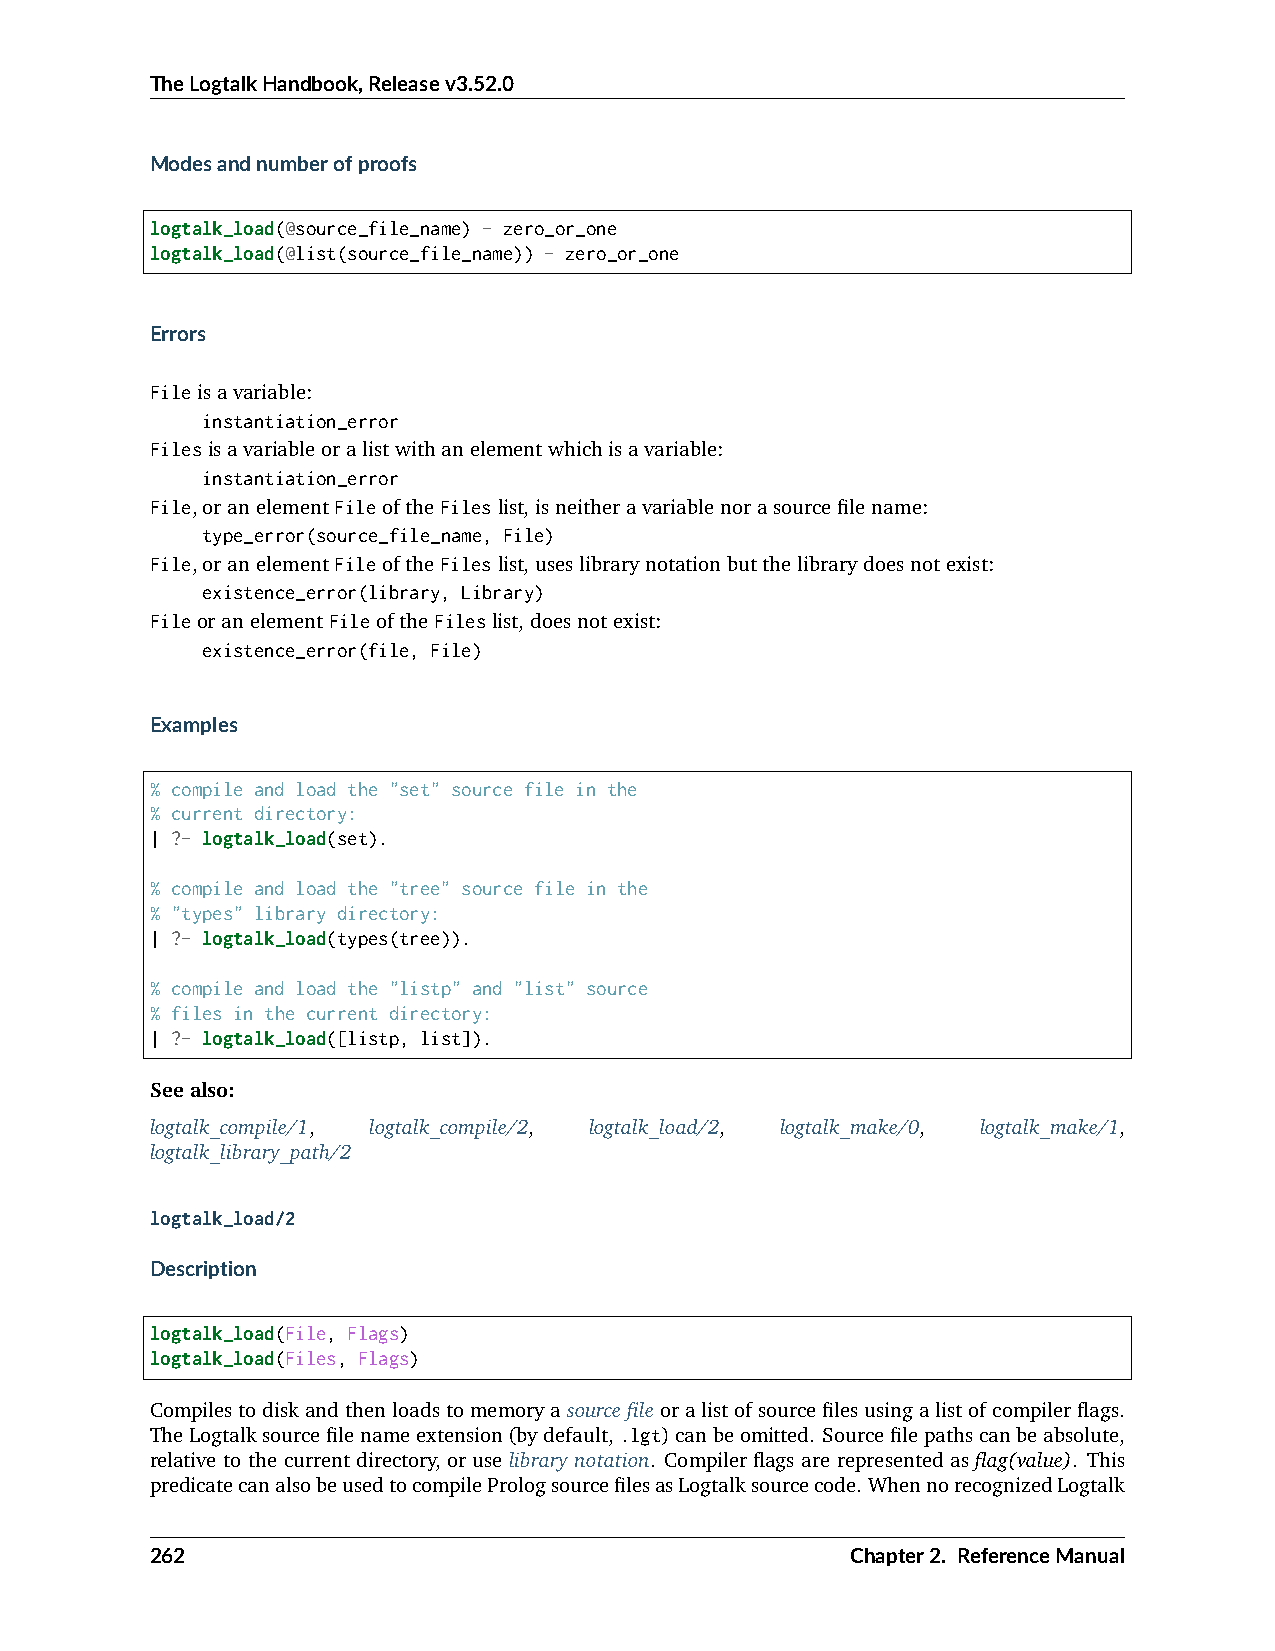
TheLogtalkHandbook,Releasev3.52.0
 Modesandnumberofproofs
 logtalk_load(@source_file_name) - zero_or_one
 logtalk_load(@list(source_file_name)) - zero_or_one
 Errors
 Fileisavariable:
 instantiation_error
 Filesisavariableoralistwithanelementwhichisavariable:
 instantiation_error
 File,oranelementFileoftheFileslist,isneitheravariablenorasourcefilename:
 type_error(source_file_name, File)
 File,oranelementFileoftheFileslist,useslibrarynotationbutthelibrarydoesnotexist:
 existence_error(library, Library)
 FileoranelementFileoftheFileslist,doesnotexist:
 existence_error(file, File)
 Examples
 % compile and load the "set" source file in the
 % current directory:
 | ?- logtalk_load(set).
 % compile and load the "tree" source file in the
 % "types" library directory:
 | ?- logtalk_load(types(tree)).
 % compile and load the "listp" and "list" source
 % files in the current directory:
 | ?- logtalk_load([listp, list]).
 Seealso:
 logtalk_compile/1, logtalk_compile/2, logtalk_load/2, logtalk_make/0, logtalk_make/1,
 logtalk_library_path/2
 logtalk_load/2
 Description
 logtalk_load(File, Flags)
 logtalk_load(Files, Flags)
 Compilestodiskandthenloadstomemoryasourcefileoralistofsourcefilesusingalistofcompilerflags.
 TheLogtalksourcefilenameextension(bydefault,.lgt)canbeomitted. Sourcefilepathscanbeabsolute,
 relative to the current directory, or use library notation. Compiler flags are represented as flag(value). This
 predicatecanalsobeusedtocompilePrologsourcefilesasLogtalksourcecode. WhennorecognizedLogtalk
 262                                           Chapter2. ReferenceManual